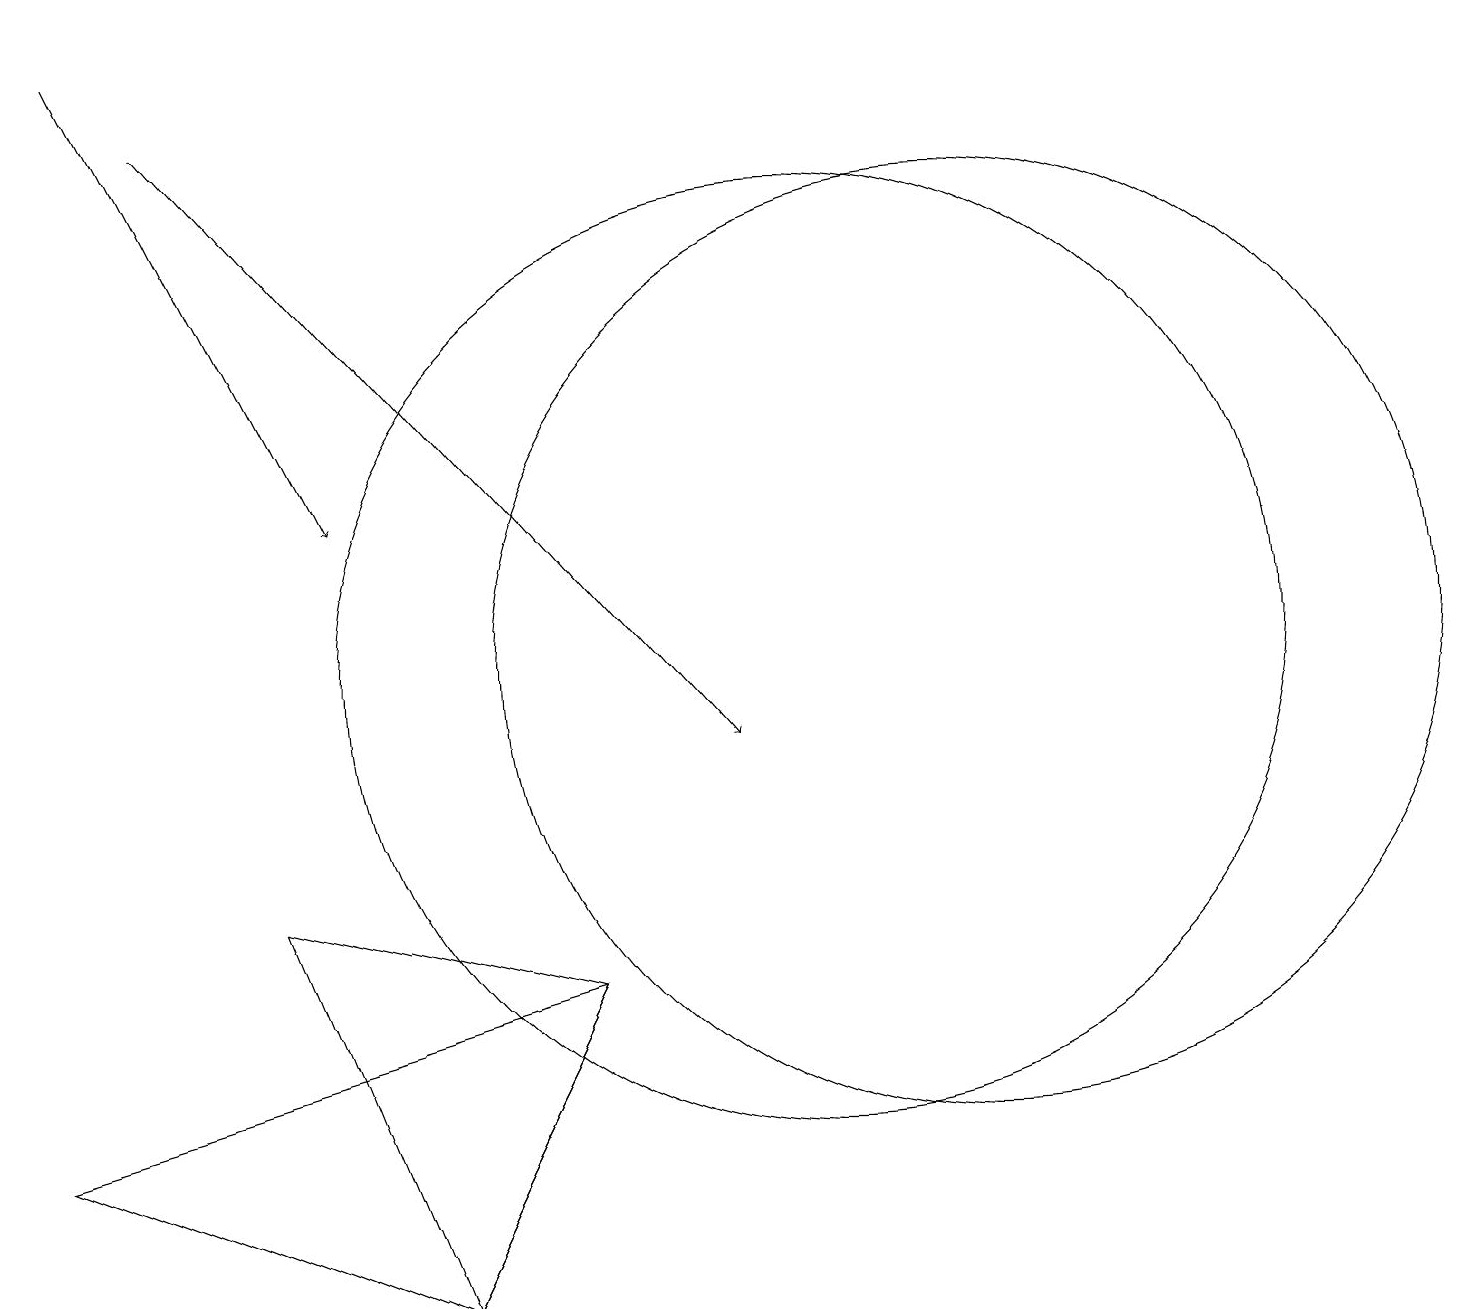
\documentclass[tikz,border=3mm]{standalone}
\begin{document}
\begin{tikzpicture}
\draw (0,5) -- (5,3) -- (7,7) -- cycle;
\draw[->] (2,18) -- (9,10);
\draw[->] (1,19) -- (4,13);
\draw (3,8) -- (5,3) -- (7,7) -- cycle;
\draw (10,11) circle (6);
\draw (12,11) circle (6);
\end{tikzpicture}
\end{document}